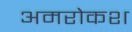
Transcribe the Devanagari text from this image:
अमरोकश